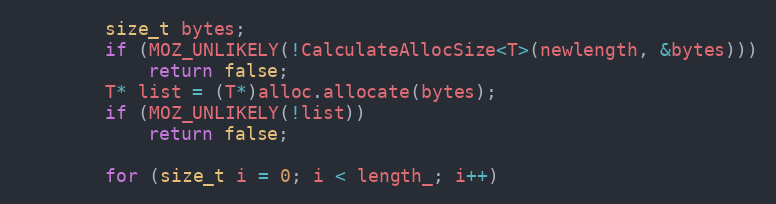
Language: C
        size_t bytes;
        if (MOZ_UNLIKELY(!CalculateAllocSize<T>(newlength, &bytes)))
            return false;
        T* list = (T*)alloc.allocate(bytes);
        if (MOZ_UNLIKELY(!list))
            return false;

        for (size_t i = 0; i < length_; i++)